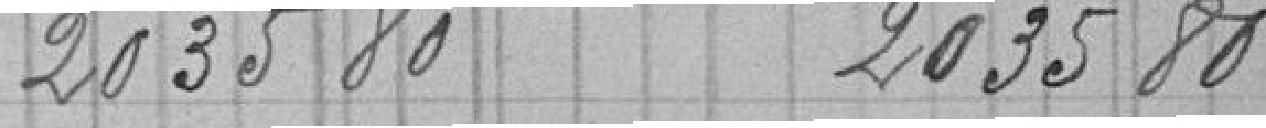
2035 70              2035 80